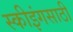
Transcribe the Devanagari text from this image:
स्कीइंगसाठी